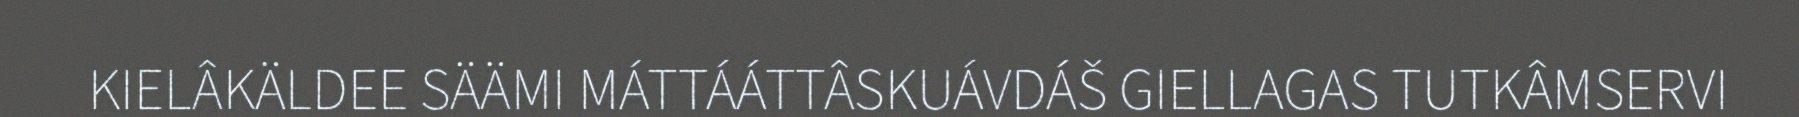
KIELÂKÄLDEE SÄÄMI MÁTTÁÁTTÂSKUÁVDÁŠ GIELLAGAS TUTKÂMSERVI